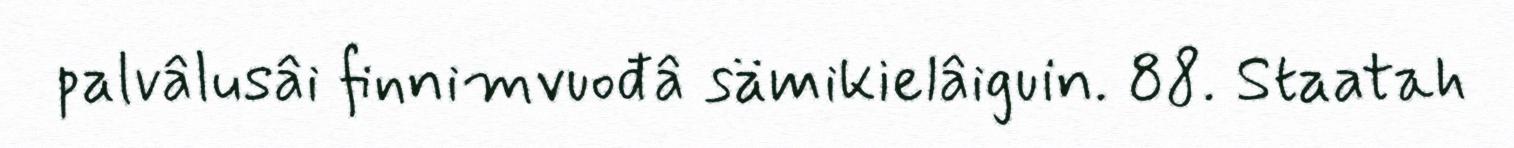
palvâlusâi finnimvuođâ sämikielâiguin. 88. Staatah